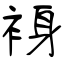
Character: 裑